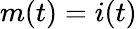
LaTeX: m(t)=i(t)